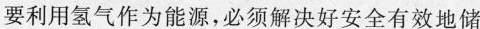
要利用氢气作为能源，必须解决好安全有效地储